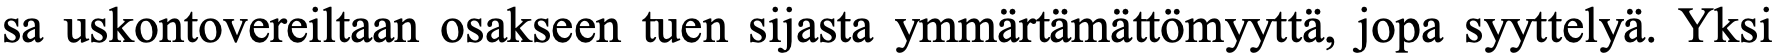
sa uskontovereiltaan osakseen tuen sijasta ymmärtämättömyyttä, jopa syyttelyä. Yksi